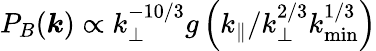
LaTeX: P_{B}(\boldsymbol{k})\propto k_{\perp}^{-10/3}g\left(k_{\parallel}/k_{\perp}^{2/3}k_{\mathrm{min}}^{1/3}\right)